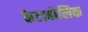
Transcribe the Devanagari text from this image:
केटाबोलिक